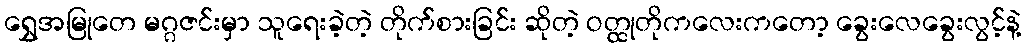
ရွှေအမြုတေ မဂ္ဂဇင်းမှာ သူရေးခဲ့တဲ့ တိုက်စားခြင်း ဆိုတဲ့ ဝတ္ထုတိုကလေးကတော့ ခွေးလေခွေးလွင့်နဲ့